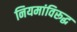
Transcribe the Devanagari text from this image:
नियमांविरूद्ध